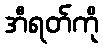
အီရတ်ကို